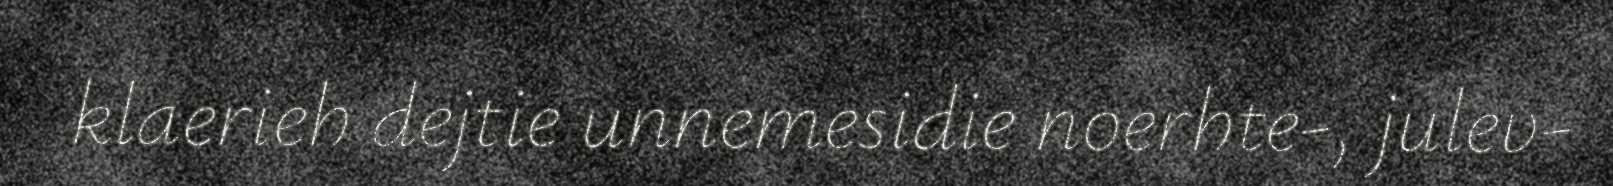
klaerieh dejtie unnemesidie noerhte-, julev-